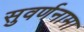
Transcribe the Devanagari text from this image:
सुवर्णनामा